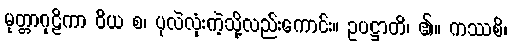
မုတ္တာဂုဠိကာ ဝိယ စ၊ ပုလဲလုံးကဲ့သို့လည်းကောင်း။ ဥပဋ္ဌာတိ၊ ၏။ ကဿစိ၊